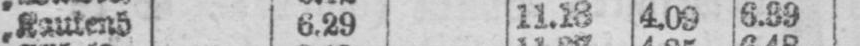
„ Kautenb 6.29 11.18 4.09 6.39